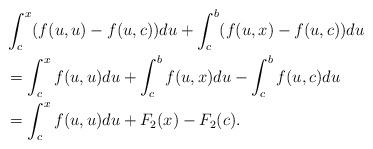
LaTeX: \begin{align*}& \int_c^x (f(u,u) -f(u,c)) du +\int_c^b (f(u,x)-f(u,c)) du \\&=\int_c^x f(u,u) du +\int_c^b f(u,x) du -\int_c^b f(u,c) du \\&= \int_c^x f(u,u) du +F_2 (x) -F_2 (c).\end{align*}